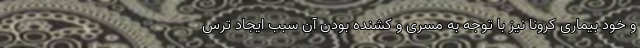
و خود بیماری کرونا نیز با توجه به مسری و کشنده بودن آن سبب ایجاد ترس